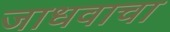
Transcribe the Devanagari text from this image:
जाधवाचा